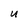
Character: u